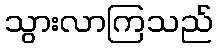
သွားလာကြသည်